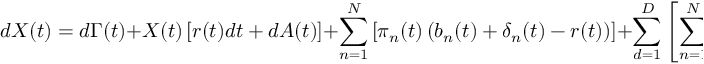
d X ( t ) = d \Gamma ( t ) + X ( t ) \left[ r ( t ) d t + d A ( t ) \right] + \sum _ { n = 1 } ^ { N } \left[ \pi _ { n } ( t ) \left( b _ { n } ( t ) + \delta _ { n } ( t ) - r ( t ) \right) \right] + \sum _ { d = 1 } ^ { D } \left[ \sum _ { n = 1 } ^ { N } \pi _ { n } ( t ) \sigma _ { n , d } ( t ) \right] d W _ { d } ( t )